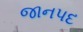
જાનપદ